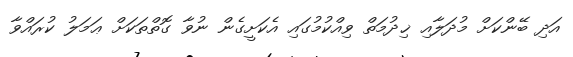
އަދި ބޭންކަށް މުދަލާއި ޚިދުމަތް ވިއްކުމުގައި އެކަށީގެން ނުވާ ގޮތްތަކަށް ޢަމަލު ކުރައްވާ